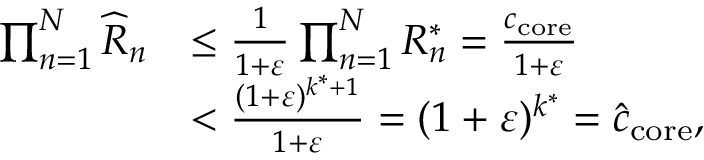
\begin{array} { r l } { \prod _ { n = 1 } ^ { N } \widehat { R } _ { n } } & { \le \frac { 1 } { 1 + \varepsilon } \prod _ { n = 1 } ^ { N } R _ { n } ^ { * } = \frac { c _ { \mathrm { c o r e } } } { 1 + \varepsilon } } \\ & { < \frac { ( 1 + \varepsilon ) ^ { k ^ { * } + 1 } } { 1 + \varepsilon } = ( 1 + \varepsilon ) ^ { k ^ { * } } = \widehat { c } _ { \mathrm { c o r e } } , } \end{array}